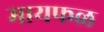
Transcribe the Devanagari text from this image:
मायफळ